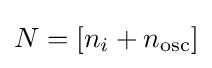
N=[n_{i}+n_{\mathrm {osc} }]